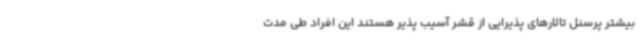
بیشتر پرسنل تالارهای پذیرایی از قشر آسیب پذیر هستند این افراد طی مدت